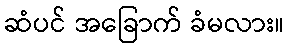
ဆံပင် အခြောက် ခံမလား။